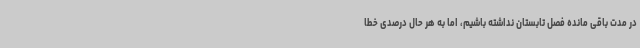
در مدت باقی مانده فصل تابستان نداشته باشیم، اما به هر حال درصدی خطا